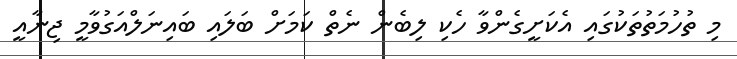
މި ތުހުމަތުތަކުގައި އެކަށީގެންވާ ހެކި ލިބެން ނެތް ކަމަށް ބަލައި ބައިނަލްއަގުވާމީ ޖިނާއީ